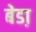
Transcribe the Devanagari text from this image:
बेडा़